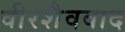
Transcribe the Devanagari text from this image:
वीरशैववाद